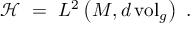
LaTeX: { \mathcal H } \ = \ L ^ { 2 } \left( M , d \, \mathrm { v o l } _ { g } \right) \ .